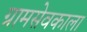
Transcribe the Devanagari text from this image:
ग्रामसेवकाला